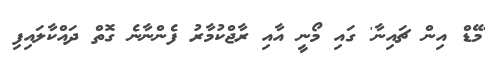
'މޭޑް އިން ޗައިނާ' ގައި މޯނީ އާއި ރާޖްކުމާރު ފެންނާނެ ގޮތް ދައްކާލައިފި